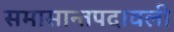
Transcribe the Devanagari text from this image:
समासान्तपदावली